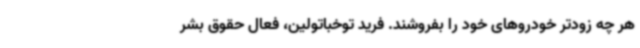
هر چه زودتر خودروهای خود را بفروشند. فرید توخباتولین، فعال حقوق بشر